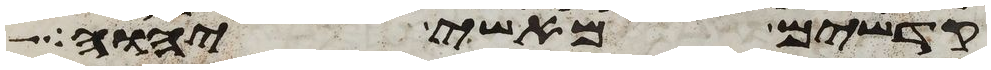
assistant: קדשים מאשי יהוה